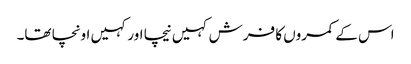
اس کے کمروں کا فرش کہیں نیچا اور کہیں اونچا تھا۔